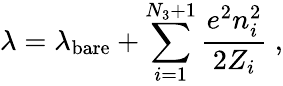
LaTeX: \lambda=\lambda_{\mathrm{bare}}+\sum_{i=1}^{N_{3}+1}\frac{e^{2}n_{i}^{2}}{2Z_{i}}\ ,